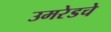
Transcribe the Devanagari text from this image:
उमरेडचे